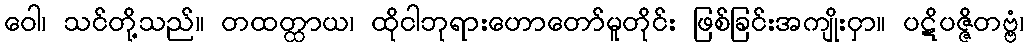
ဝေါ၊ သင်တို့သည်။ တထတ္ထာယ၊ ထိုငါဘုရားဟောတော်မူတိုင်း ဖြစ်ခြင်းအကျိုးငှာ။ ပဋိပဇ္ဇိတဗ္ဗံ၊